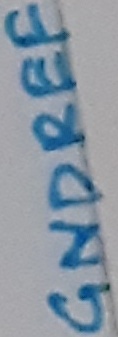
Text: GNDREF